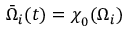
\bar { \Omega } _ { i } ( t ) = \boldsymbol { \chi } _ { 0 } ( \Omega _ { i } )